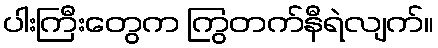
ပါးကြီးတွေက ကြွတက်နီရဲလျက်။